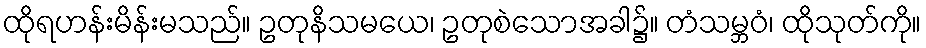
ထိုရဟန်းမိန်းမသည်။ ဥတုနိသမယေ၊ ဥတုစဲသောအခါ၌။ တံသမ္ဘဝံ၊ ထိုသုတ်ကို။